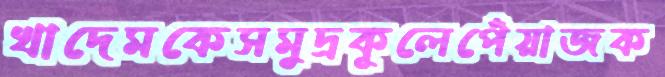
খাদেমকেসমুদ্রকূলেপেঁয়াজক